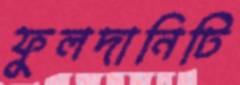
ফুলদানিটি